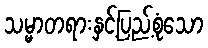
သမ္မာတရားနှင့်ပြည့်စုံသော